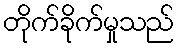
တိုက်ခိုက်မှုသည်